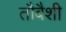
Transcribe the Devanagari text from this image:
तौबैशी